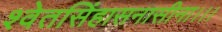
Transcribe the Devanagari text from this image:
श्वेतसिंहासनासीना।।।